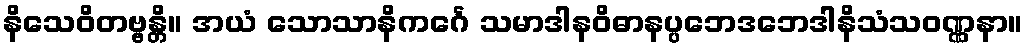
နိသေဝိတဗ္ဗန္တိ။ အယံ သောသာနိကင်္ဂေ သမာဒါနဝိဓာနပ္ပဘေဒဘေဒါနိသံသဝဏ္ဏနာ။